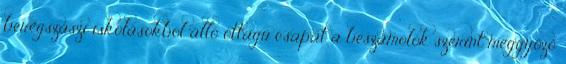
beregszászi iskolásokból álló öttagú csapat a beszámolók szerint meggyőző